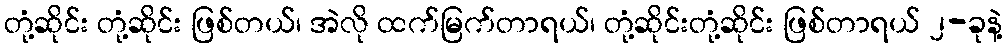
တုံ့ဆိုင်း တုံ့ဆိုင်း ဖြစ်တယ်၊ အဲလို ထက်မြက်တာရယ်၊ တုံ့ဆိုင်းတုံ့ဆိုင်း ဖြစ်တာရယ် ၂-ခုနဲ့